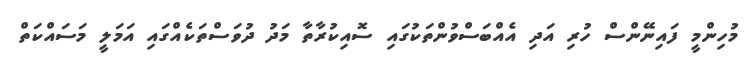
މުހިންމީ ފައިނޭންސް ހުރި އަދި އެއްބަސްވުންތަކުގައި ސޮއިކުރާތާ މަދު ދުވަސްތަކެއްގައި އަމަލީ މަސައްކަތް